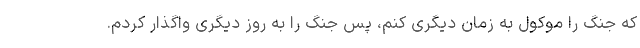
که جنگ را موکول به زمان دیگری کنم، پس جنگ را به روز دیگری واگذار کردم.